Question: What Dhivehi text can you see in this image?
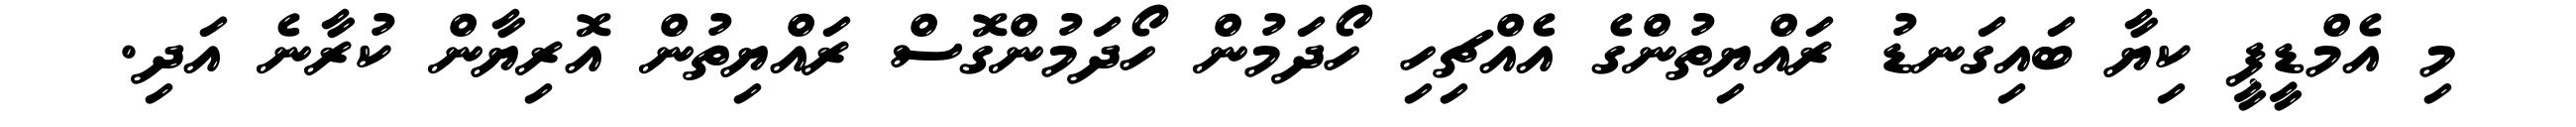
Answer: މި އެމްޑީޕީ ކިޔާ ބައިގަނޑު ރައްޔިތުންގެ އެއްޗިހި ހޯދަމުން ހޯދަމުންގޮސް ރައްޔިތުން އޮރިޔާން ކުރާނެ އަދި.